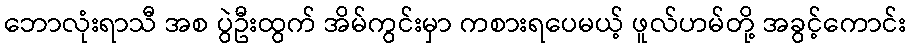
ဘောလုံးရာသီ အစ ပွဲဦးထွက် အိမ်ကွင်းမှာ ကစားရပေမယ့် ဖူလ်ဟမ်တို့ အခွင့်ကောင်း